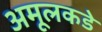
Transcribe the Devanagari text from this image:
अमूलकडे